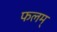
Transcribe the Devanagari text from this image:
फलम्